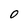
Character: 0